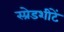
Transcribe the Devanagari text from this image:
स्प्रेडशीटें